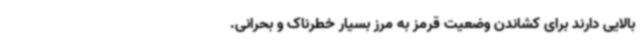
بالایی دارند برای کشاندن وضعیت قرمز به مرز بسیار خطرناک و بحرانی.